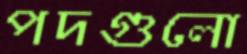
পদগুলো